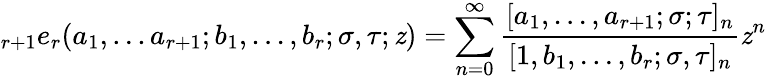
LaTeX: \displaystyle{}_{r+1}e_{r}(a_{1},...a_{r+1};b_{1},...,b_{r};\sigma,\tau;\mathit{z})=\sum_{n=0}^{\infty}{\frac{{[a_{1},...,a_{r+1};\sigma;\tau]_{n}}}{{[1,b_{1},...,b_{r};\sigma,\tau]_{n}}}}\mathit{z}^{n}